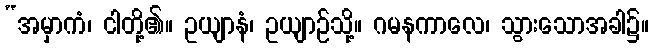
“အမှာကံ၊ ငါတို့၏။ ဥယျာနံ၊ ဥယျာဉ်သို့။ ဂမနကာလေ၊ သွားသောအခါ၌။